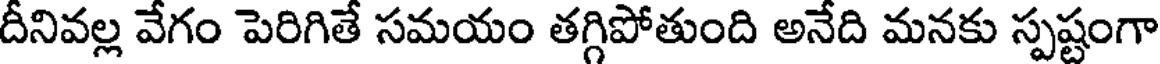
దీనివల్ల వేగం పెరిగితే సమయం తగ్గిపోతుంది అనేది మనకు స్పష్టంగా